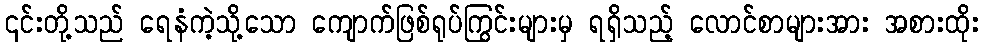
၎င်းတို့သည် ရေနံကဲ့သို့သော ကျောက်ဖြစ်ရုပ်ကြွင်းများမှ ရရှိသည့် လောင်စာများအား အစားထိုး